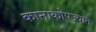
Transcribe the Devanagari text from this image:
कानाकोपज्यात